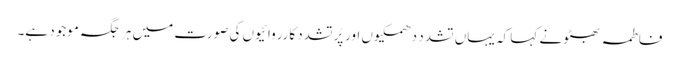
فاطمہ بھٹو نے کہا کہ یہاں تشدد دھمکیوں اور پُرتشدد کارروائیوں کی صورت میں ہر جگہ موجود ہے۔